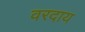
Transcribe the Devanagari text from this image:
वरदाय